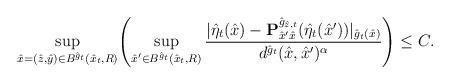
LaTeX: \begin{align*}\sup_{\hat{x} = (\hat{z},\hat{y}) \in B^{\hat{g}_t}(\hat{x}_t,R)} \Biggl(\sup_{\hat{x}' \in B^{\hat{g}_{t}}(\hat{x}_t,R)} \frac{|\hat\eta_t(\hat{x}) - \mathbf{P}^{\hat{g}_{\hat{z},t}}_{\hat{x}'\hat{x}}(\hat\eta_t(\hat{x}'))|_{\hat{g}_{t}(\hat{x})}}{d^{\hat{g}_{t}}(\hat{x},\hat{x}')^\alpha}\Biggr)\leq C.\end{align*}